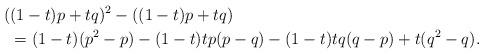
LaTeX: \begin{align*}(&(1-t)p+tq)^2-((1-t)p+tq) \\ & =(1-t)(p^2-p)-(1-t)tp(p-q)-(1-t)tq(q-p)+t(q^2-q).\end{align*}